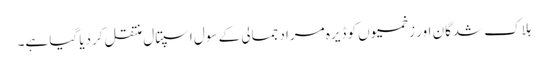
ہلاک شدگان اور زخمیوں کو ڈیرہ مراد جمالی کے سول اسپتال منتقل کردیا گیا ہے۔